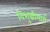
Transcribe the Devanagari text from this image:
विशुद्धीमार्ग